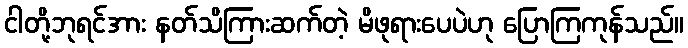
ငါတို့ဘုရင်အား နတ်သိကြားဆက်တဲ့ မိဖုရားပေပဲဟု ပြောကြကုန်သည်။